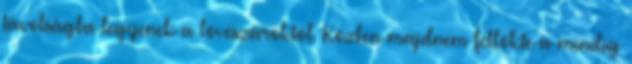
távolságba legyenek a lövészároktól. Közben majdnem fellökte a mindig